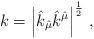
LaTeX: \begin{align*}k=\left|\hat{k}_{\hat{\mu}}\hat{k}^{\hat{\mu}}\right|^{\frac{1}{2}}\, ,\end{align*}